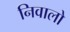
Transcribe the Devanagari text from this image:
निवालो